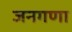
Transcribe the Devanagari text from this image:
जनगणा